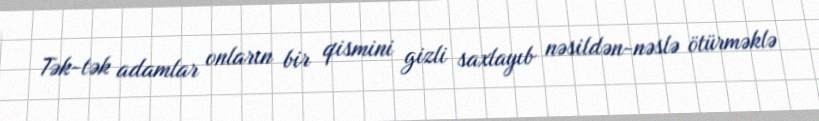
Tək-tək adamlar onların bir qismini gizli saxlayıb nəsildən-nəslə ötürməklə